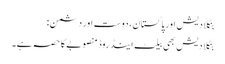
بنگلادیش اور پاکستان، دوست اور دشمن:
بنگلادیش بھی بیلٹ اینڈ روڈ منصوبے کا حصہ ہے۔